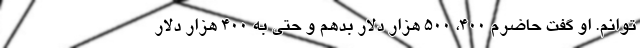
توانم. او گفت حاضرم ۴۰۰، ۵۰۰ هزار دلار بدهم و حتی به ۴۰۰ هزار دلار